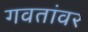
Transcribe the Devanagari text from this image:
गवतांवर